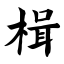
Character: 楫